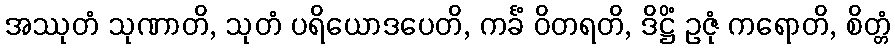
အဿုတံ သုဏာတိ, သုတံ ပရိယောဒပေတိ, ကင်္ခံ ဝိတရတိ, ဒိဋ္ဌိံ ဥဇုံ ကရောတိ, စိတ္တံ